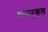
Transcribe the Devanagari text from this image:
धारानुकूल